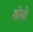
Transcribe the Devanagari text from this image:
शोनो